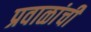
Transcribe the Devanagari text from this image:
प्रवाळांची